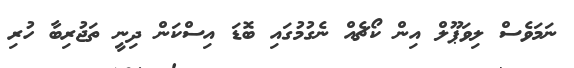
ނަމަވެސް ލިވަޕޫލް އިން ކޯޗެއް ނެގުމުގައި ބޮޑަ އިސްކަން ދިނީ ތަޖުރިބާ ހުރި